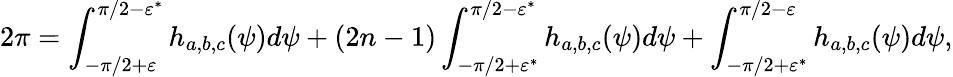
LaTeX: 2\pi=\int_{-\pi/2+\varepsilon}^{\pi/2-\varepsilon^{*}}h_{a,b,c}(\psi)d\psi+(2n-1)\int_{-\pi/2+\varepsilon^{*}}^{\pi/2-\varepsilon^{*}}h_{a,b,c}(\psi)d\psi+\int_{-\pi/2+\varepsilon^{*}}^{\pi/2-\varepsilon}h_{a,b,c}(\psi)d\psi,